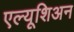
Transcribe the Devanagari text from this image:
एल्यूशिअन